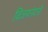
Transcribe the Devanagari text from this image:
विजयनंदनी